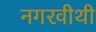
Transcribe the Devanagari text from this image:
नगरवीथी